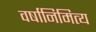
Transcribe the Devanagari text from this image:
वर्षानिमित्‍य